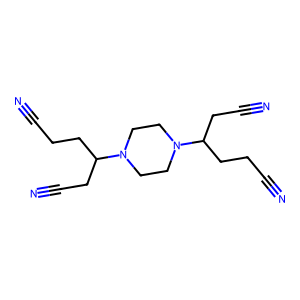
SMILES: N#CCCC(CC#N)N1CCN(C(CC#N)CCC#N)CC1
Inhibits HIV replication: No